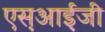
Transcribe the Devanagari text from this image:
एस़आई़जी